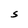
Character: S